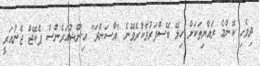
ދިވެހި ކޮންމެ ރައްޔިތަކަށް ހިލޭ ބޭސްފަރުވާކުރެވޭނެ "އާސަންދަ" އިންޝުއަރެންސް ޕެކޭޖް ޖެނުއަރީ